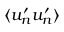
\langle u _ { n } ^ { \prime } u _ { n } ^ { \prime } \rangle